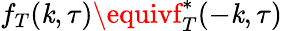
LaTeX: f_{T}(\mathit{k},\tau)\equivf_{T}^{*}(-\mathit{k},\tau)